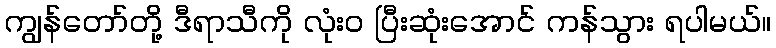
ကျွန်တော်တို့ ဒီရာသီကို လုံး၀ ပြီးဆုံးအောင် ကန်သွား ရပါမယ်။